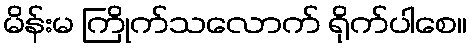
မိန်းမ ကြိုက်သလောက် ရိုက်ပါစေ။